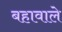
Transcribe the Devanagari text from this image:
बहावाले